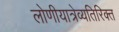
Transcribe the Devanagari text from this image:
लोणीयात्रेव्यतिरिक्त